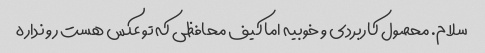
سلام. محصول کاربردی و خوبیه اما کیف محافظی که تو عکس هست رو نداره